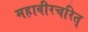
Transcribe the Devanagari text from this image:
महावीरचरित्